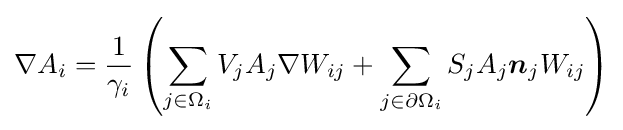
\nabla A_{i}={\frac {1}{\gamma _{i}}}\left(\sum _{j\in \Omega _{i}}V_{j}A_{j}\nabla W_{ij}+\sum _{j\in \partial \Omega _{i}}S_{j}A_{j}{\boldsymbol {n}}_{j}W_{ij}\right)